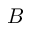
B